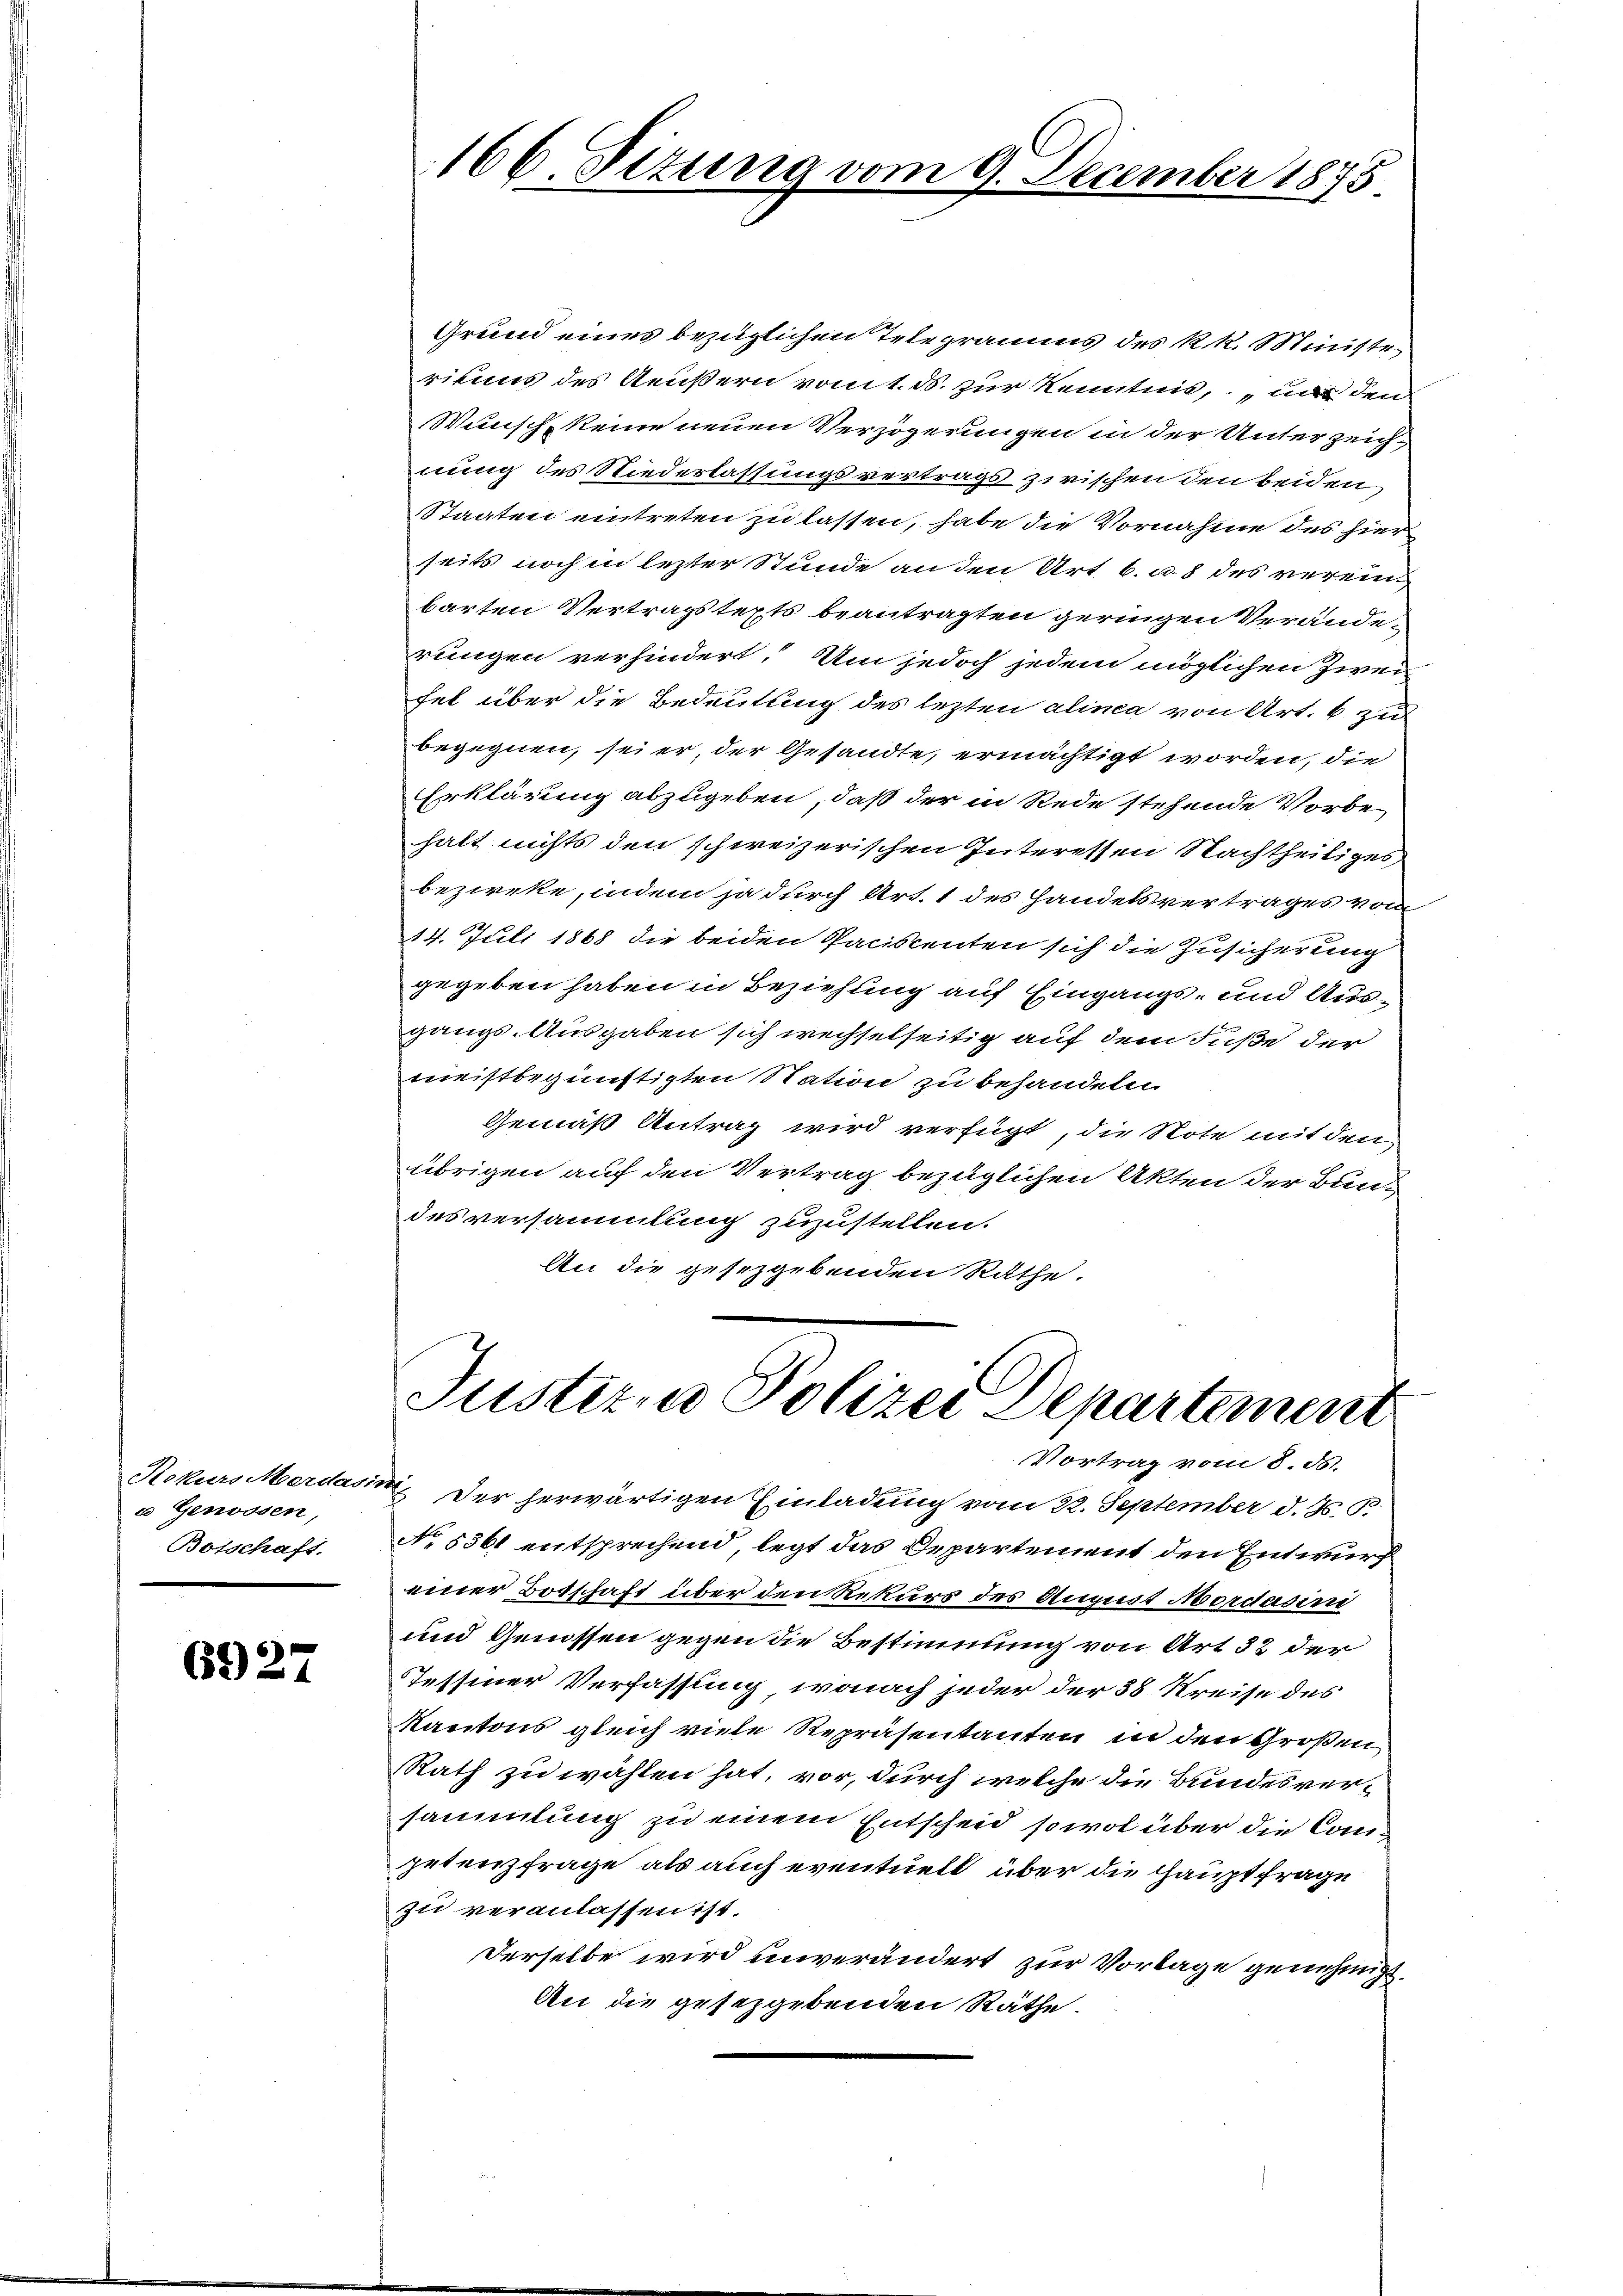
u Genossen,
Botschaft.

6927

Grund eines bezüglichen Telegramms des k. k. Ministerikums des Aeußern vom 1. ds. zur Kenntnis, und den
Wunsch keine neuen Verzögerungen in der Unterzeich-
nung des Niederlassungsvertrags zwischen den beiden
Staaten eintreten zu lassen, habe die Vornahme des hier
seits noch in lezter Stunde an den Art 6. a. 8 des vereinbarten Vertragstexts beantragten geringen Veränderungen verhindert. Um jedoch jedem möglichen Zwei
fel über die Bedeutung des lezten alinea von Art. 6 zu
begegnen, sei er, der Gesandte, ermächtigt worden, die
Erklärung abzugeben, daß der in Rede stehende Vorbe
halt nichts den schweizerischen Interessen Nachtheiliges
bezirke, indem ja durch Art. 1 des Handelsvertrages vom
14. Juli 1868 die beiden Paciscenten sich die Zusicherung
gegeben haben in Beziehung auf Eingangs- und Ausgangs-Ausgaben sich wechselseitig auf dem Fuße der
meistbegünstigten Station zu behandeln.
Gemäß Antrag wird verfügt, die Note mit den
übrigen auf den Vertrag bezüglichen Akten der Bundes versammlung zuzustellen.
An die gesetzgebenden Rathe.

166. Sizung vom 9. December 1875

Justizio Polizei Departement
Vortrag vom 8. ds.

Rekurs Merdasimi Der herwärtigen Einladung vom 22. September d. J. J.
No 8361 entsprechend, legt das Departement den Entwurf
einer Botschaft über den Rekurs des August Mordasini
und Genossen gegen die Bestimmung von Art 32 der
Tessiner Verfassung, wonach jeder der 38 Kreise des
Kantons gleich viele Repräsentanten in den Großen,
Rath zu wählen hat, vor, durch welche die Bundesversammlung zu einem Entscheid sowol über die Competenzfrage als auch eventuell über die Hauptfrage
zu veranlassen ist.
Derselbe wird unverändert zur Vorlage genehmigt,
An die gesetzgebenden Räthe.